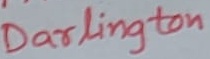
Text: Darlington